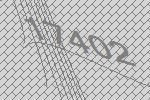
17402